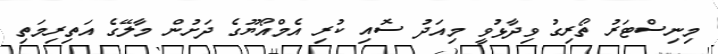
މިނިސްޓަރު ތޯރިގު ވިދާޅުވީ މިއަދު ސޮއި ކުރި އެމްއޯޔޫގެ ދަށުން މާލޭގެ އަތިރިމަތި